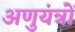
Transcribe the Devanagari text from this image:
अणुयंत्रों